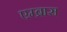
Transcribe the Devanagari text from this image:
एम्ब्रास